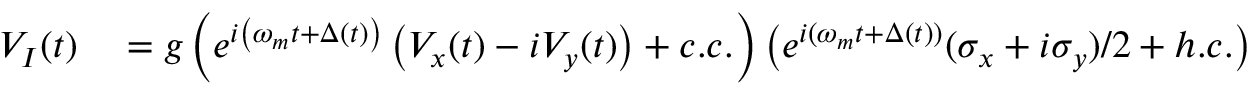
\begin{array} { r l } { V _ { I } ( t ) } & { { } = g \left( e ^ { i \left( \omega _ { m } t + \Delta ( t ) \right) } \left( V _ { x } ( t ) - i V _ { y } ( t ) \right) + c . c . \right) \left( e ^ { i ( \omega _ { m } t + \Delta ( t ) ) } ( \sigma _ { x } + i \sigma _ { y } ) / 2 + h . c . \right) } \end{array}